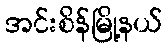
အင်းစိန်မြို့နယ်